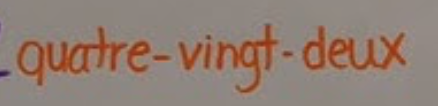
quatre-vingt-deux